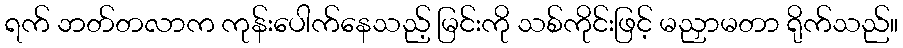
ရက် ဘတ်တလာက ကုန်းပေါက်နေသည့် မြင်းကို သစ်ကိုင်းဖြင့် မညှာမတာ ရိုက်သည်။